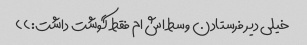
خیلی دیر فرستادن وسط اش ام فقط گوشت داشت:))